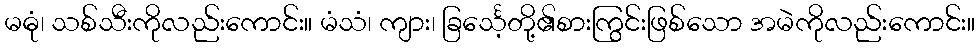
မဓုံ၊ သစ်သီးကိုလည်းကောင်း။ မံသံ၊ ကျား၊ ခြင်္သေ့တို့၏စားကြွင်းဖြစ်သော အမဲကိုလည်းကောင်း။